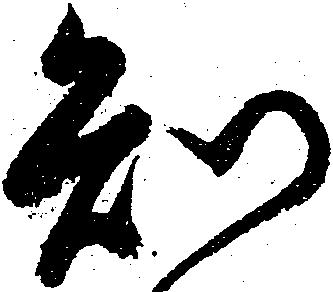
知